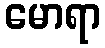
မောရာ